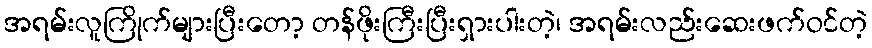
အရမ်းလူကြိုက်များပြီးတော့ တန်ဖိုးကြီးပြီးရှားပါးတဲ့၊ အရမ်းလည်းဆေးဖက်ဝင်တဲ့